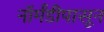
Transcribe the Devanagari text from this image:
नॉर्मंडीपासून